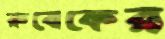
রুবেকের